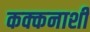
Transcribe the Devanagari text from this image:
कक्कनाशी